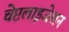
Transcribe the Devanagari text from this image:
चेप्टलाइजेशन